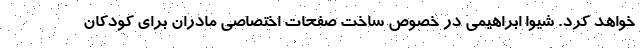
خواهد کرد. شیوا ابراهیمی در خصوص ساخت صفحات اختصاصی مادران برای کودکان